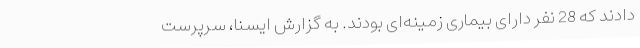
دادند که 28 نفر دارای بیماری زمینه‌ای بودند. به گزارش ایسنا، سرپرست